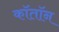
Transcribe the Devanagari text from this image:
कॉतॉन